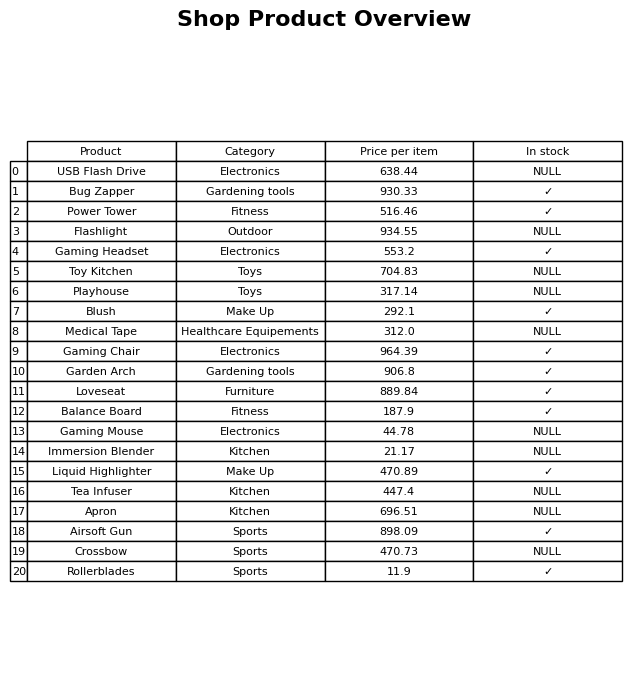
question: What is the stock status of the Rollerblades?
answer: ✓